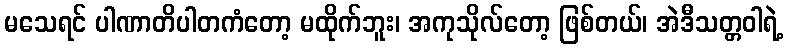
မသေရင် ပါဏာတိပါတကံတော့ မထိုက်ဘူး၊ အကုသိုလ်တော့ ဖြစ်တယ်၊ အဲဒီသတ္တဝါရဲ့